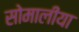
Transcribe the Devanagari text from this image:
सोमालीया